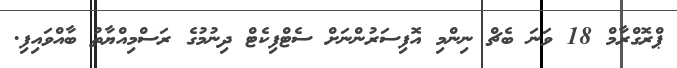
ޕްރޮގްރާމް 18 ވަނަ ބެޗް ނިންމި އޮފިސަރުންނަށް ސެޓްފިކެޓް ދިނުމުގެ ރަސްމިއްޔާތު ބާއްވައިފި.